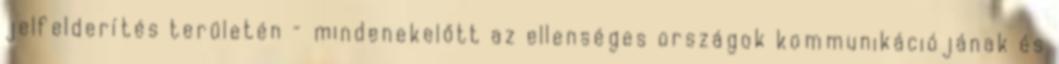
jelfelderítés területén – mindenekelőtt az ellenséges országok kommunikációjának és